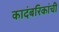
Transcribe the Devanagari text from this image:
कादंबरिकांची